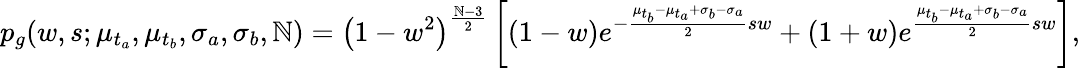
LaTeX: p_{g}(w,s;\mu_{t_{a}},\mu_{t_{b}},\sigma_{a},\sigma_{b},\mathbb{N})=\left(1-w^{2}\right)^{\frac{{\mathbb{N}-3}}{{2}}}\left[\left(1-w\right)e^{-\frac{{\mu_{t_{b}}-\mu_{t_{a}}+\sigma_{b}-\sigma_{a}}}{{2}}sw}+\left(1+w\right)e^{\frac{{\mu_{t_{b}}-\mu_{t_{a}}+\sigma_{b}-\sigma_{a}}}{{2}}sw}\right],